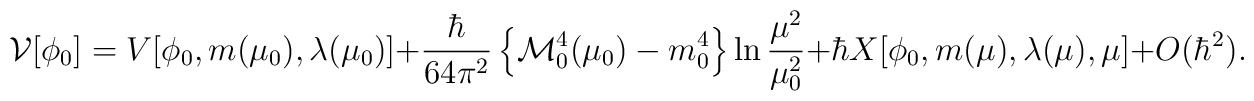
{\cal V}[\phi_0] = V[\phi_0,m(\mu_0),\lambda(\mu_0)] + {{\hbar} \over{64 \pi^2} } \left\{ {\cal M}_0^4(\mu_0) - m_0^4\right\} \ln{\mu^2 \over \mu_0^2}  +\hbar X[\phi_0,m(\mu),\lambda(\mu),\mu] +O(\hbar^2).